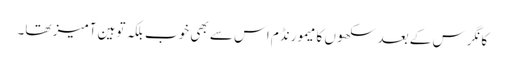
کانگرس کے بعد سکھوں کا میمورنڈم اس سے بھی خوب بلکہ توہین آمیز تھا۔